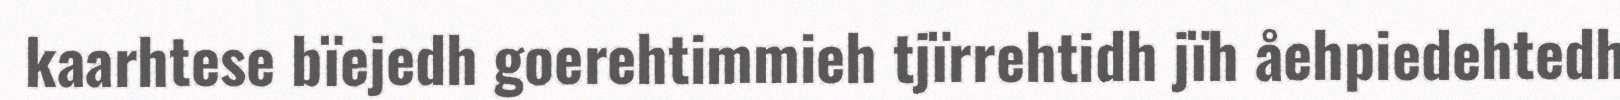
kaarhtese bïejedh goerehtimmieh tjïrrehtidh jïh åehpiedehtedh